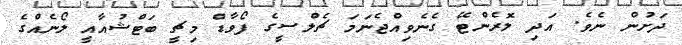
ދަށުން ނެވެ. އަދި ލޮރެންޓޭ ގެނެވިއްޖެނަމަ ޗެލްސީގެ ފޯވާޑް މިޗީ ބަޓްޝުއާއީ ލޯނެއްގެ